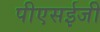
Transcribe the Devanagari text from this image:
पीएसईजी